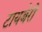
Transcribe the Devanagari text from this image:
टायबेरी